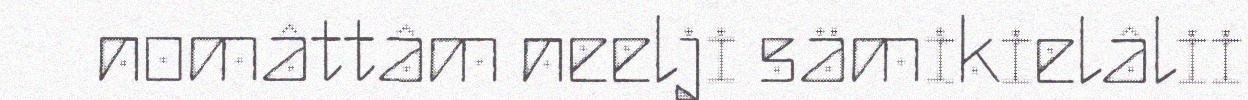
nomâttâm neelji sämikielâlii